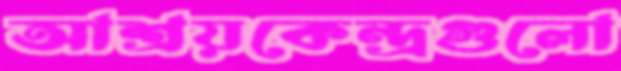
আশ্রয়কেন্দ্রগুলো